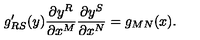
g _ { R S } ^ { \prime } ( y ) \frac { \partial y ^ { R } } { \partial x ^ { M } } \frac { \partial y ^ { S } } { \partial x ^ { N } } = g _ { M N } ( x ) .